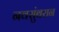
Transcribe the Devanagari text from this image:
नवसुंबरान